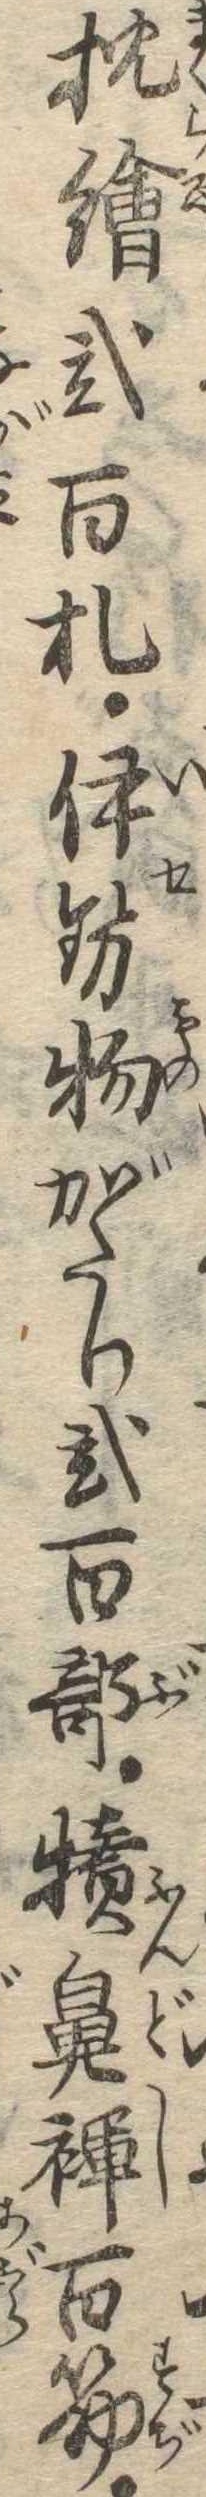
枕絵弐百札伊勢物がたり弐百部犢鼻褌百筋